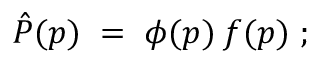
\hat { P } ( p ) \; = \; \phi ( p ) \: f ( p ) \; ;